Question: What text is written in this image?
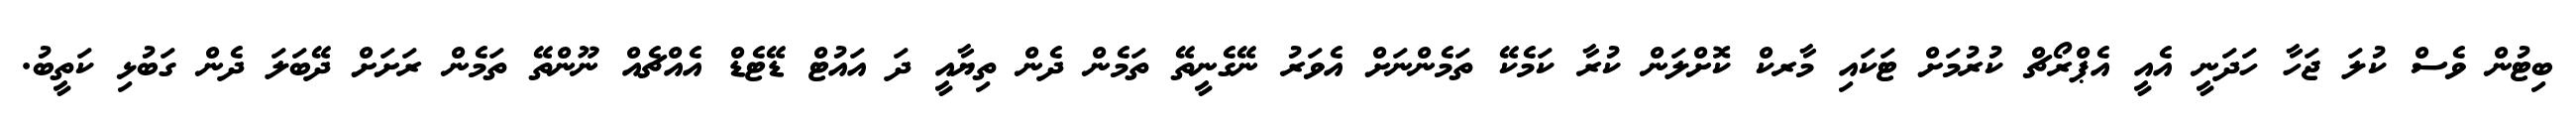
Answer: ބިޓުން ވެސް ކުލަ ޖަހާ ހަދަނީ އެއީ އެޕްރޯޗް ކުރުމަށް ޓަކައި މާރކް ކޮށްލަން ކުރާ ކަމެކޭ ތަމެންނަށް އެވަރު ނޭގެނީތޭ ތަމެން ދެން ތިޔާއީ ދަ އައުޓް ޑޭޓެޑް އެއްޗެއް ނޫންތޭ ތަމެން ރަށަށް ދޭބަލަ ދެން ގަބުޅި ކަތީބު.